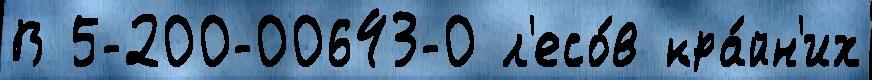
В 5-200-00643-0 л'есо́в кра́йн'их